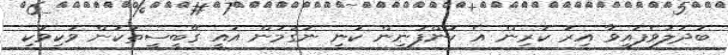
ބަދަލުވެފައިވާ އިރު ކުރިން އެ ކުންފުނިން ކުނި ނަގަމުން އައީ ގޭބީސީތަކުން ވަކިވަކި